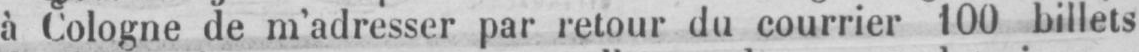
à Cologne de m’adresser par retour du courrier 100 billets